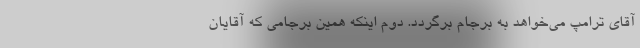
آقای ترامپ می‌خواهد به برجام برگردد. دوم اینکه همین برجامی که آقایان